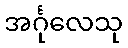
အင်္ဂုလေသု